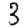
Digit: 3